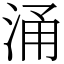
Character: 涌